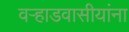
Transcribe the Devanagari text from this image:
वर्‍हाडवासीयांना